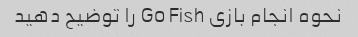
نحوه انجام بازی Go Fish را توضیح دهید